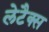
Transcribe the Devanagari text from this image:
लेटैक्स